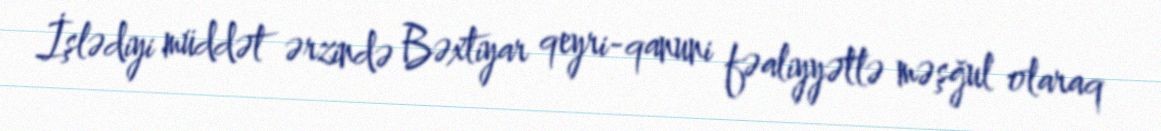
İşlədiyi müddət ərzində Bəxtiyar qeyri-qanuni fəaliyyətlə məşğul olaraq